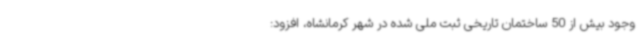
وجود بیش از 50 ساختمان تاریخی ثبت ملی شده در شهر کرمانشاه، افزود: